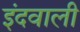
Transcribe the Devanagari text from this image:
इंदवाली